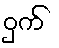
ဝှက်